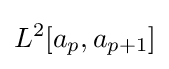
L^{2}[a_{p},a_{p+1}]